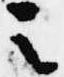
之